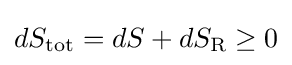
dS_{\mathrm {tot} }=dS+dS_{\text{R}}\geq 0